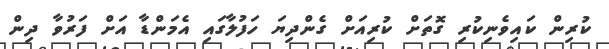
ކުރިން ކައިވެނިކުރި ގޮތަށް ކުރިއަށް ގެންދިޔަ ހަފުލާގައި އެމަންޑާ އަށް ފަރުވާ ދިން